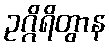
ဥဂ္ဂိရိတွာန